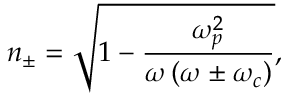
n _ { \pm } = \sqrt { 1 - \frac { \omega _ { p } ^ { 2 } } { \omega \left( \omega \pm \omega _ { c } \right) } } ,